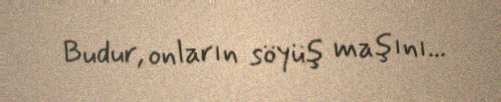
Budur, onların söyüş maşını...